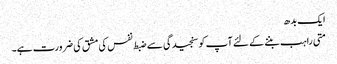
ایک بدھ
متی راہب بننے کے لئے آپ کو سنجیدگی سے ضبط نفس کی مشق کی ضرورت ہے۔